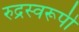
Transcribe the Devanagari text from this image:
रुद्रस्वरूपी